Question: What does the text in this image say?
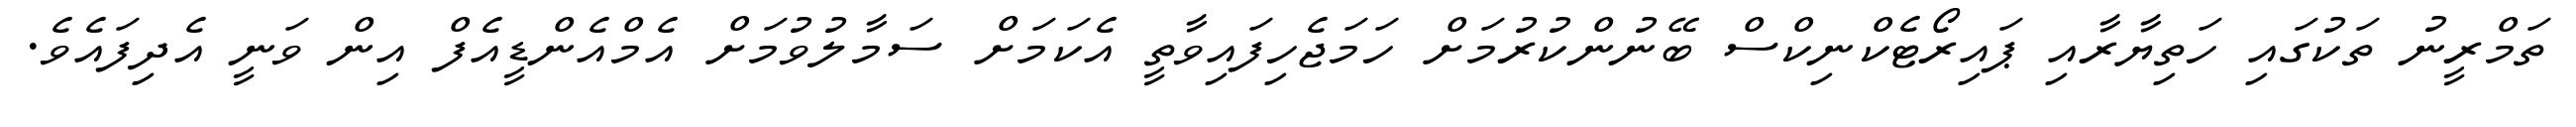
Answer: ތަމްރީނު ތަކުގައި ހަތިޔާރާއި ޕައިރޯޓެކްނިކްސް ބޭނުންކުރުމަށް ހަމަޖެހިފައިވާތީ އެކަމަށް ސަމާލުވުމަށް އެމްއެންޑީއެފް އިން ވަނީ އެދިފައެވެ.